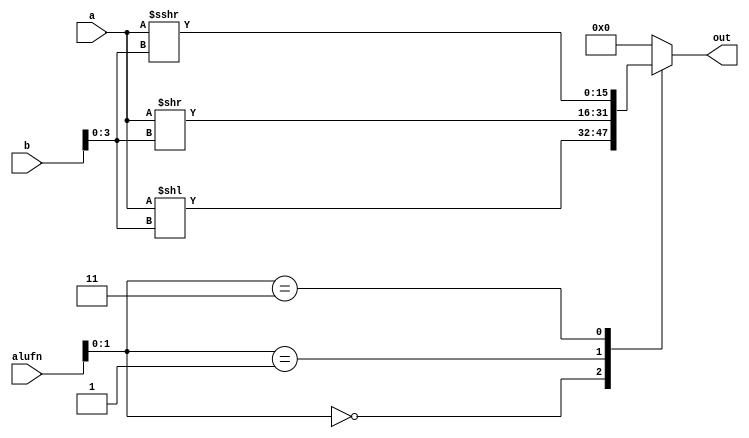
/*
   This file was generated automatically by Alchitry Labs version 1.2.1.
   Do not edit this file directly. Instead edit the original Lucid source.
   This is a temporary file and any changes made to it will be destroyed.
*/

module shifter_8 (
    input [5:0] alufn,
    input [15:0] a,
    input [15:0] b,
    output reg [15:0] out
  );
  
  
  
  always @* begin
    out = 1'h0;
    
    case (alufn[0+1-:2])
      1'h0: begin
        out = a << b[0+3-:4];
      end
      1'h1: begin
        out = a >> b[0+3-:4];
      end
      2'h3: begin
        out = $signed(a) >>> b[0+3-:4];
      end
      default: begin
        out = 1'h0;
      end
    endcase
  end
endmodule